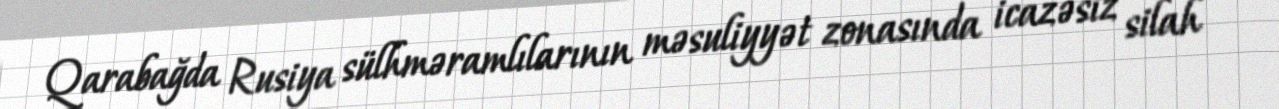
Qarabağda Rusiya sülhməramlılarının məsuliyyət zonasında icazəsiz silah